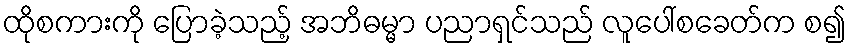
ထိုစကားကို ပြောခဲ့သည့် အဘိဓမ္မာ ပညာရှင်သည် လူပေါ်စခေတ်က စ၍